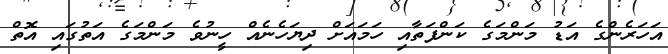
އަހަރެންގެ އަޑު މަންމަގެ ކަންފަތާއި ހަމައަށް ދިޔަހެނެއް ހީނުވެ މަންމަގެ އަތުގައި އޮތް